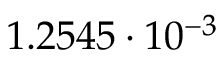
1 . 2 5 4 5 \cdot 1 0 ^ { - 3 }